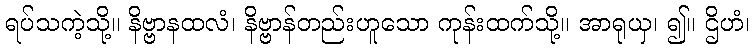
ရပ်သကဲ့သို့။ နိဗ္ဗာနထလံ၊ နိဗ္ဗာန်တည်းဟူသော ကုန်းထက်သို့။ အာရုယှ၊ ၍။ ဌိဟံ၊